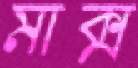
মাক্স